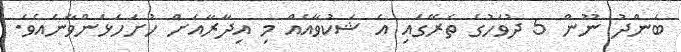
ބަންދު ނޫން 5 ދުވަހުގެ ތެރޭގައި އެ ޝަކުވާއެއް މި އިދާރާއަށް ހުށަހަޅަންވާނެއެވެ.